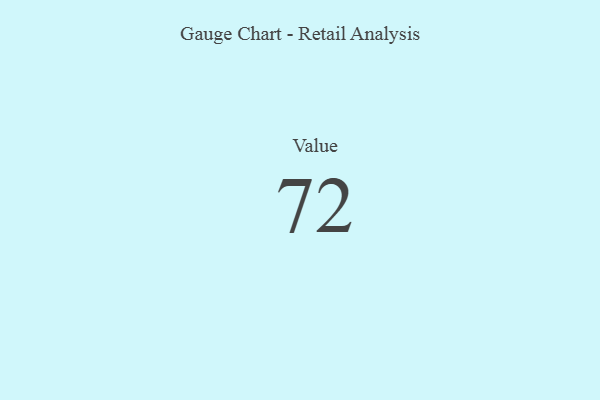
{"axis": {"x": "Metric", "y": "Value"}, "legend": [""], "data": [{"x": "Value", "y": 72, "type": ""}]}